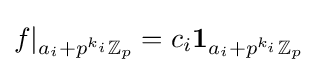
f|_{a_{i}+p^{k_{i}}\mathbb {Z} _{p}}=c_{i}\mathbf {1} _{a_{i}+p^{k_{i}}\mathbb {Z} _{p}}